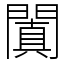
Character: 闐